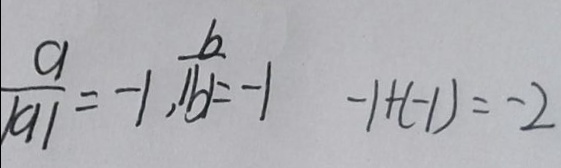
\frac { a } { \vert a \vert } = - 1 , \frac { b } { \vert b \vert } = - 1 - 1 + ( - 1 ) = - 2